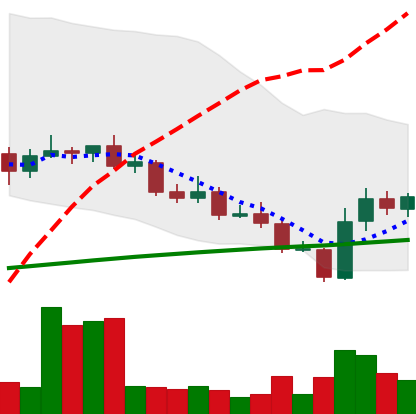
Ticker: LINK-USD
Chart end date: 2020-09-27
Forward return: -14.341%
Label: down_7plus